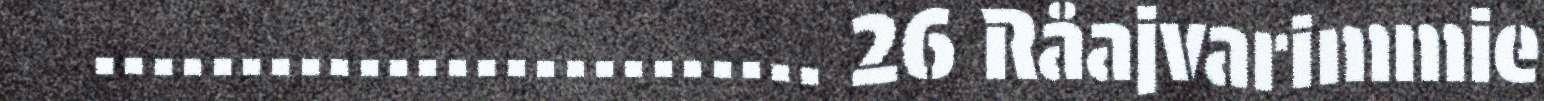
......................... 26 Råajvarimmie